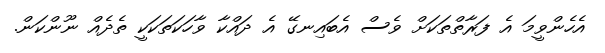
އެހެންވީމަ އެ ފަރާތްތަކަށް ވެސް އެބައިނގޭ އެ ދައްކާ ވާހަކަތަކަކީ ތެދެއް ނޫންކަން.